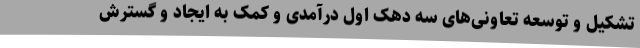
تشکیل و توسعه تعاونی‌های سه دهک اول درآمدی و کمک به ایجاد و گسترش